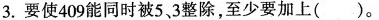
3.要使409能同时被5、3整除，至少要加上()。